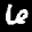
Label: 6